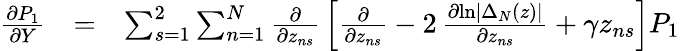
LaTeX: \begin{array}{rlr}{{\frac{\partial P_{1}}{\partial Y}}}&{=}&{\sum_{s=1}^{2}\sum_{n=1}^{N}{\frac{\partial}{\partial z_{ns}}}\left[{\frac{\partial}{\partial z_{ns}}}-2\, {\frac{\partial\mathrm{ln}|\Delta_{N}(z)|}{\partial z_{ns}}}+\gamma z_{ns}\right]P_{1}}\end{array}